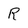
Character: R